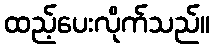
ထည့်ပေးလိုက်သည်။